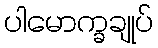
ပါမောက္ခချုပ်